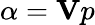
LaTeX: \alpha=\mathbf{V}p